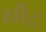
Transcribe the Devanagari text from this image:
क्षौद्र